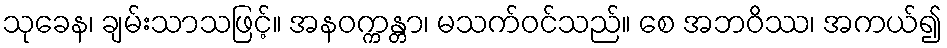
သုခေန၊ ချမ်းသာသဖြင့်။ အနဝက္ကန္တာ၊ မသက်ဝင်သည်။ စေ အဘဝိဿ၊ အကယ်၍